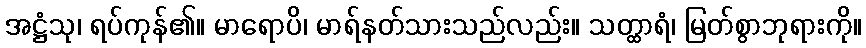
အဋ္ဌံသု၊ ရပ်ကုန်၏။ မာရောပိ၊ မာရ်နတ်သားသည်လည်း။ သတ္ထာရံ၊ မြတ်စွာဘုရားကို။